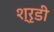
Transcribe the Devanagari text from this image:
श्रृडी